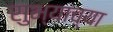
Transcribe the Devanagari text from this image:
सुभ्याच्या